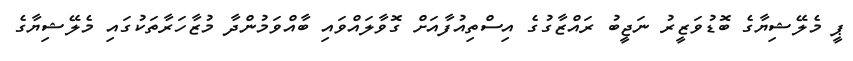
ޕީ މެލޭޝިޔާގެ ބޮޑުވަޒީރު ނަޖީބު ރައްޒާގުގެ އިސްތިއުފާއަށް ގޮވާލައްވައި ބާއްވަމުންދާ މުޒާހަރާތަކުގައި މެލޭޝިޔާގެ